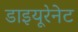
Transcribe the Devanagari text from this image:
डाइयूरेनेट